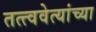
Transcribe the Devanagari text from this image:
तत्त्ववेत्यांच्या